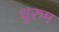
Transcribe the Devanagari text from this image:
धुरुम